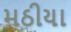
મઠીયા